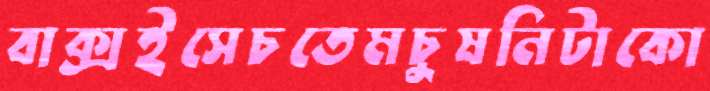
বাক্সইসেচতেমচুষনিটাকো